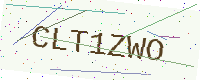
Text: CLT1ZWO